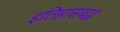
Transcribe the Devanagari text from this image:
इतिहासबद्ध